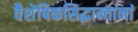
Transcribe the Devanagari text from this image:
वैशेषिकसिद्धान्तानां